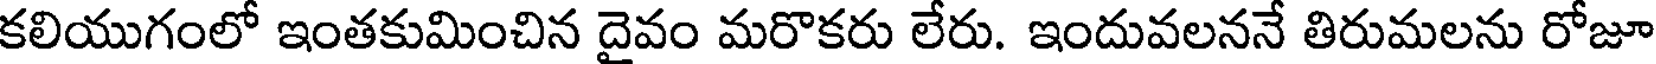
కలియుగంలో ఇంతకుమించిన దైవం మరొకరు లేరు. ఇందువలననే తిరుమలను రోజూ